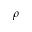
\rho